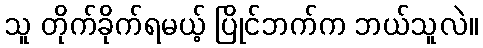
သူ တိုက်ခိုက်ရမယ့် ပြိုင်ဘက်က ဘယ်သူလဲ။